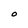
Character: O